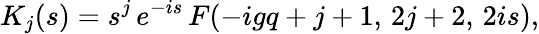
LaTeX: K_{j}(s)=s^{j}\, e^{-is}\, F(-igq+j+1,\, 2j+2,\, 2is),